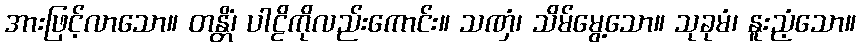
အားဖြင့်လာသော။ တန္တိံ၊ ပါဠိကိုလည်းကောင်း။ သဏှံ၊ သိမ်မွေ့သော။ သုခုမံ၊ နူးညံ့သော။